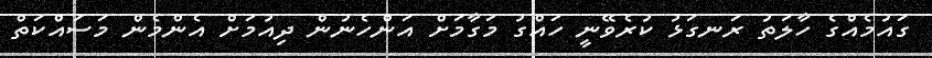
ގައުމެއްގެ ހާލަތު ރަނގަޅު ކުރެވޭނީ ހައްގު މަގާމަށް އަންހެނުން ދިއުމަށް އެންމެން މަސައްކަތް